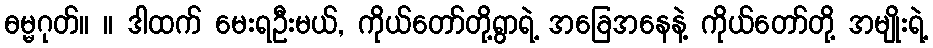
ဓမ္မဂုတ်။ ။ ဒါထက် မေးရဦးမယ်, ကိုယ်တော်တို့ရွာရဲ့ အခြေအနေနဲ့ ကိုယ်တော်တို့ အမျိုးရဲ့